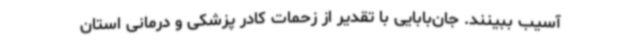
آسیب ببینند. جان‌بابایی با تقدیر از زحمات کادر پزشکی و درمانی استان